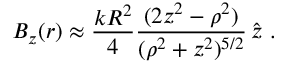
\boldsymbol { B _ { z } } ( \boldsymbol { r } ) \approx \frac { k R ^ { 2 } } { 4 } \frac { ( 2 z ^ { 2 } - \rho ^ { 2 } ) } { ( \rho ^ { 2 } + z ^ { 2 } ) ^ { 5 / 2 } } \, \hat { \boldsymbol { z } } \, \, .